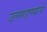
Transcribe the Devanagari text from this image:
उलगडण्याचे